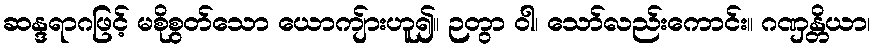
ဆန္ဒရာဂဖြင့် မစိုစွတ်သော ယောကျ်ားဟူ၍။ ဉတွာ ဝါ၊ သော်လည်းကောင်း။ ဂဏှန္တိယာ၊